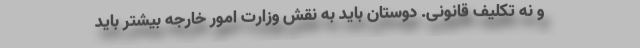
و نه تکلیف قانونی. دوستان باید به نقش وزارت امور خارجه بیشتر باید